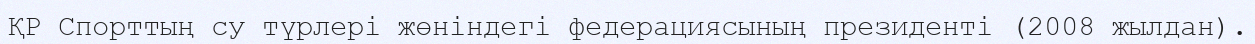
ҚР Спорттың су түрлері жөніндегі федерациясының президенті (2008 жылдан).